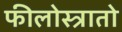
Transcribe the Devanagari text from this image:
फीलोस्त्रातो